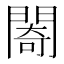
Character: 𨵤